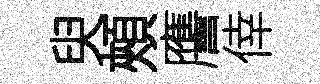
臾頰譍倖